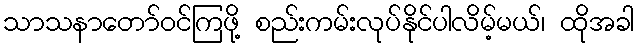
သာသနာတော်ဝင်ကြဖို့ စည်းကမ်းလုပ်နိုင်ပါလိမ့်မယ်၊ ထိုအခါ